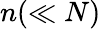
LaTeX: n(\ll N)